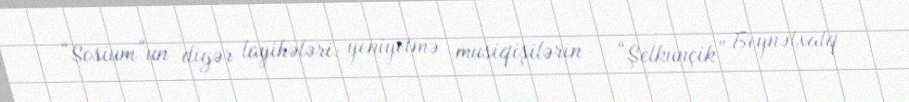
“Sosium”un digər layihələri: yeniyetmə musiqişilərin – “Şelkunçik” Beynəlxalq